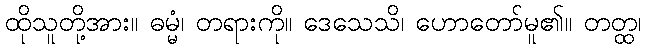
ထိုသူတို့အား။ ဓမ္မံ၊ တရားကို။ ဒေသေသိ၊ ဟောတော်မူ၏။ တတ္ထ၊